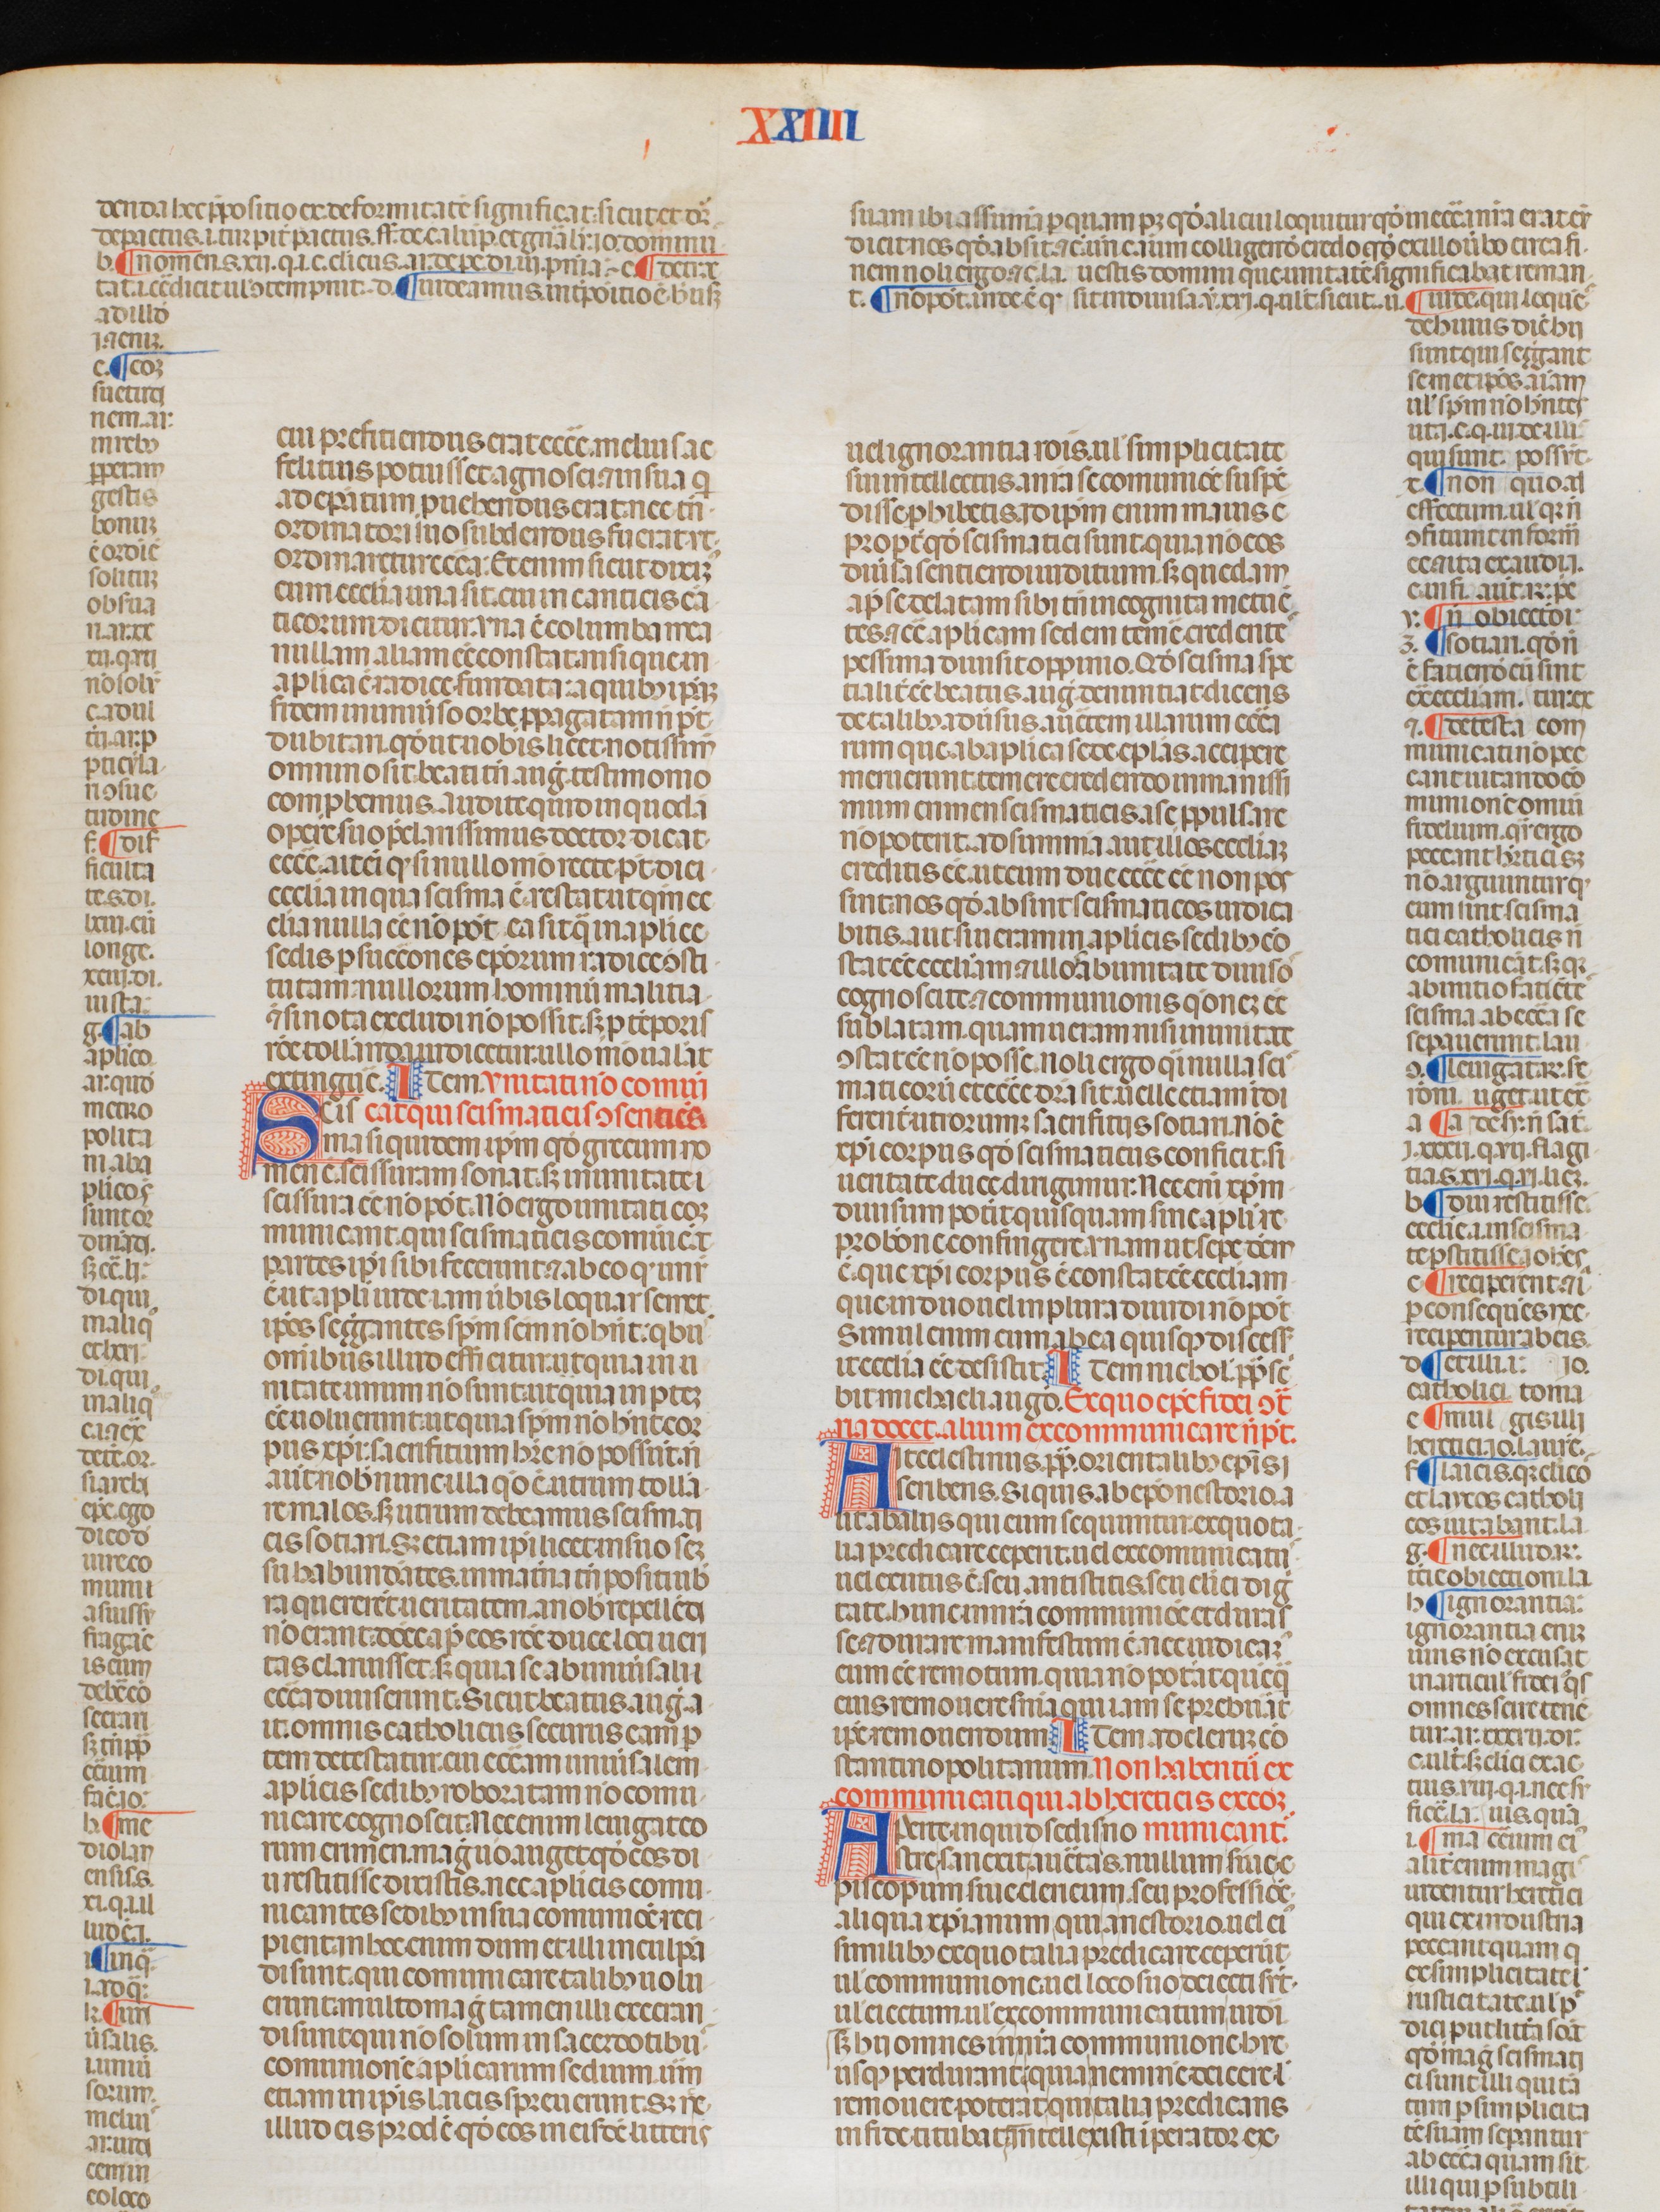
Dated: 1340–1350